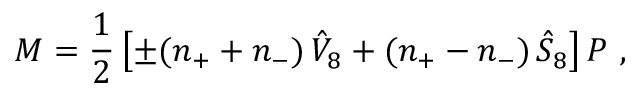
{ \cal M } = \frac { 1 } { 2 } \left[ \pm ( n _ { + } + n _ { - } ) \, \hat { V } _ { 8 } + ( n _ { + } - n _ { - } ) \, \hat { S } _ { 8 } \right] P \ ,